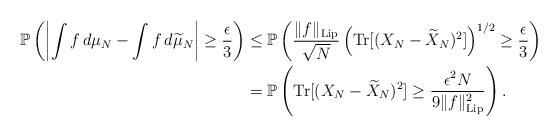
LaTeX: \begin{align*}\mathbb{P}\left(\left|\int f\,d\mu_N-\int f\, d\widetilde\mu_N\right|\geq \frac{\epsilon}{3}\right)&\leq \mathbb{P}\left(\frac{\|f\|_{\mathrm{Lip}}}{\sqrt{N}}\left(\mathrm{Tr}[(X_N-\widetilde{X}_N)^2]\right)^{1/2}\geq \frac{\epsilon}{3}\right)\\&=\mathbb{P}\left(\mathrm{Tr}[(X_N-\widetilde{X}_N)^2]\geq \frac{\epsilon^2 N}{9 \|f\|_{\mathrm{Lip}}^2}\right).\end{align*}